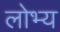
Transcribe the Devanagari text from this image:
लोभ्य